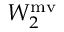
W _ { 2 } ^ { \mathrm { m v } }